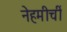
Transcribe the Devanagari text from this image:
नेहमीचीं